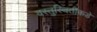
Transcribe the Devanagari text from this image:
वस्तुस्थितीकडे